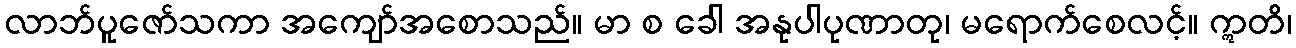
လာဘ်ပူဇော်သကာ အကျော်အစောသည်။ မာ စ ခေါ အနုပါပုဏာတု၊ မရောက်စေလင့်။ ဣတိ၊